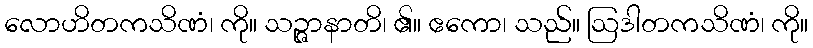
လောဟိတကသိဏံ၊ ကို။ သဉ္ဇာနာတိ၊ ၏။ ဧကော၊ သည်။ ဩဒါတကသိဏံ၊ ကို။